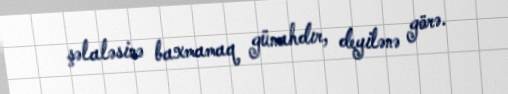
şəlaləsinə baxmamaq günahdır, deyilənə görə.